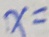
x =